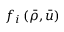
f _ { i } \left( \bar { \rho } , \bar { u } \right)